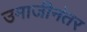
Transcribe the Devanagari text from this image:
उमाजीनंतर